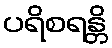
ပရိစရန္တိ